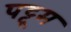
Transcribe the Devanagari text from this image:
पट्टूम